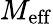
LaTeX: M_{\mathrm{eff}}